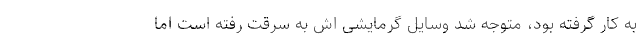
به کار گرفته بود، متوجه شد وسایل گرمایشی اش به سرقت رفته است اما